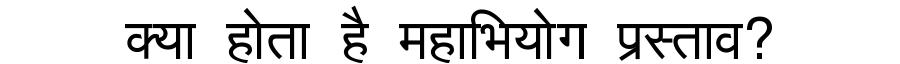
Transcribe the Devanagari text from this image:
क्या होता है महाभियोग प्रस्ताव?